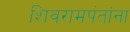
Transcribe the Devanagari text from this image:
शिवरामपंतांना